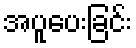
အပူပေးခြင်း